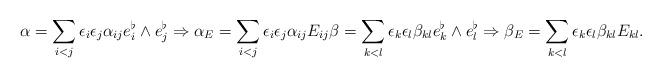
LaTeX: \begin{align*}\alpha = \sum_{i<j} \epsilon_i \epsilon_j \alpha_{ij} e^{\flat}_i \wedge e^{\flat}_j \Rightarrow \alpha_E = \sum_{i<j} \epsilon_i \epsilon_j \alpha_{ij} E_{ij} \beta = \sum_{k<l} \epsilon_k \epsilon_l \beta_{kl} e^{\flat}_k \wedge e^{\flat}_l \Rightarrow \beta_E = \sum_{k<l} \epsilon_k \epsilon_l \beta_{kl} E_{kl}.\end{align*}